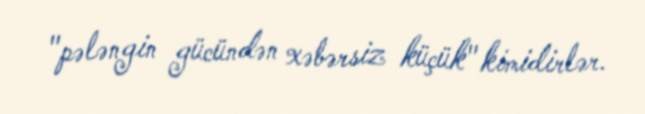
"pələngin gücündən xəbərsiz küçük" kimidirlər.